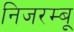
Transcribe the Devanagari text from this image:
निजरम्बू